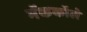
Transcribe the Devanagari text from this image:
मॅककॉले